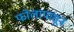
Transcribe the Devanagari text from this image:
फोलापासून